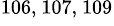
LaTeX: ^{106,~107,~109}